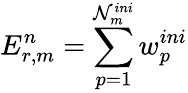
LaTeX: E_{r,m}^{n}=\sum_{p=1}^{\mathcal{N}_{m}^{ini}}w_{p}^{ini}